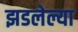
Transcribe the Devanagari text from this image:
झडलेल्या